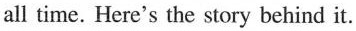
all time. Here's the story behind it.